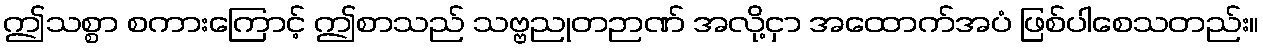
ဤသစ္စာ စကားကြောင့် ဤစာသည် သဗ္ဗညုတဉာဏ် အလို့ငှာ အထောက်အပံ ဖြစ်ပါစေသတည်း။